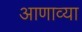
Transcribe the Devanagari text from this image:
आणाव्या